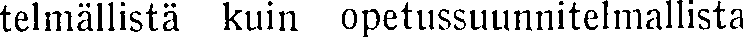
telmällistä kuin opetussuunnitelmallista